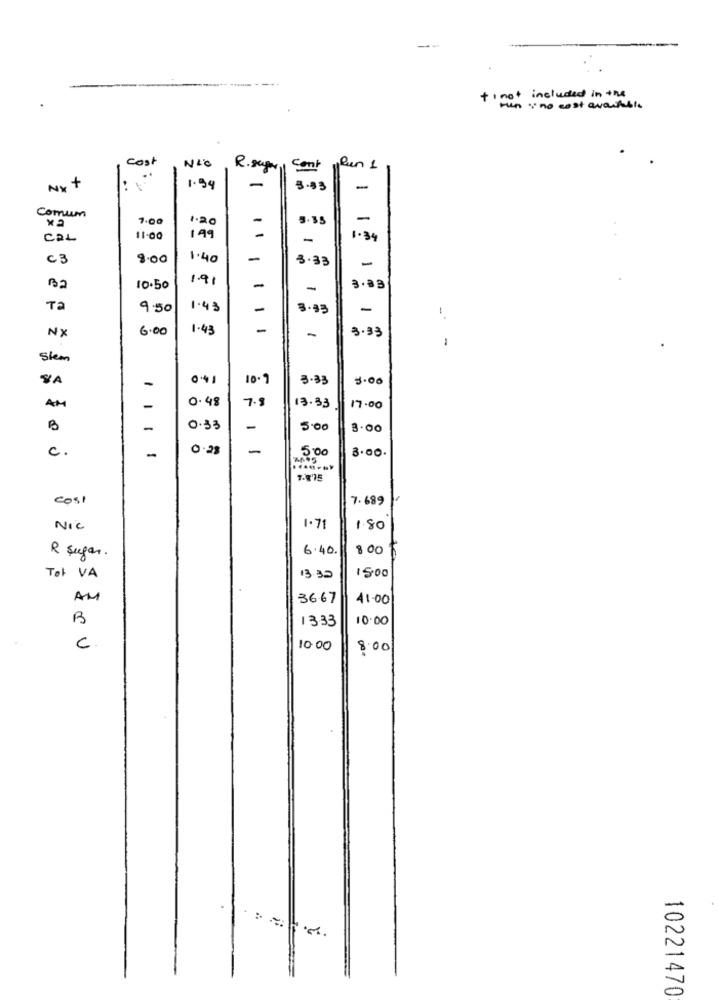
--
-.
+1 not included in the
Hin ': no cost available
Cost
NIO
R. seger 1
Cont
y Ren 1
-
NY +
1.99
-
1
Comum
7.00
1.20
-
5.35
-
-
CaL
11-00
199
-
1.34
C 3
8.00
1.40
-
3.33
-
Ba
1.91
-
10.50
-
3.83
Ta
9.50
1.43
-
3.33
-
NX
6.00
1.43
-
-
3.33
1
Stem
SA
10.9
3.33
3.00
-
AM
0.48
7.8
13.33
-
17.00
B
-
0.33
-
5.00
8.00
c.
0.23
-
500
3.00.
Cost
7.689
Nic
1.71
1.80
6.40.
8 00
R sugar.
Tol VA
13:32
AM
36.67
41.00
B
1333
10.00
C
10.00
8.00
10221470